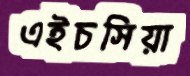
এইচসিয়া